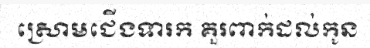
ស្រោមជើងទារក គួរពាក់ដល់កូន